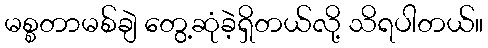
မစ္စတာမစ်ချဲ တွေ့ဆုံခဲ့ရှိတယ်လို့ သိရပါတယ်။